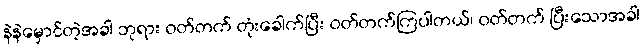
နဲနဲမှောင်တဲ့အခါ ဘုရား ဝတ်တက် တုံးခေါက်ပြီး ဝတ်တက်ကြပါတယ်၊ ဝတ်တက် ပြီးသောအခါ